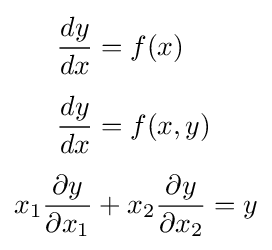
{\begin{aligned}{\frac {dy}{dx}}&=f(x)\\[4pt]{\frac {dy}{dx}}&=f(x,y)\\[4pt]x_{1}{\frac {\partial y}{\partial x_{1}}}&+x_{2}{\frac {\partial y}{\partial x_{2}}}=y\end{aligned}}